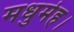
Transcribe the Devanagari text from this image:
मधुमेह।